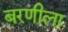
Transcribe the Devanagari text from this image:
बरणीला